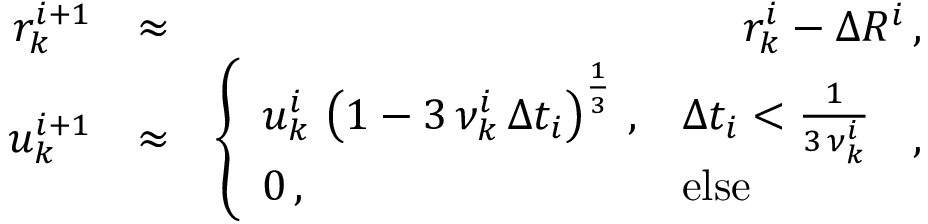
\begin{array} { r l r } { r _ { k } ^ { i + 1 } } & { \approx } & { r _ { k } ^ { i } - \Delta R ^ { i } \, , } \\ { u _ { k } ^ { i + 1 } } & { \approx } & { \left\{ \begin{array} { l l } { u _ { k } ^ { i } \, \left( 1 - 3 \, \nu _ { k } ^ { i } \, \Delta t _ { i } \right) ^ { \frac { 1 } { 3 } } \, , } & { \Delta t _ { i } < \frac { 1 } { 3 \, \nu _ { k } ^ { i } } } \\ { 0 \, , } & { \mathrm { e l s e } } \end{array} \right. \, , } \end{array}